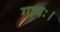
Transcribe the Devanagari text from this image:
गावः।